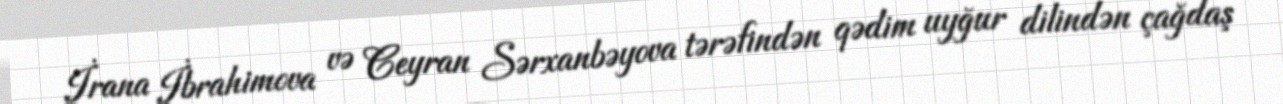
İrana İbrahimova və Ceyran Sərxanbəyova tərəfindən qədim uyğur dilindən çağdaş